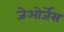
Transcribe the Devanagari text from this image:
जेओर्जेस